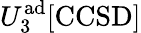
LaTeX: U_{3}^{\mathrm{ad}}[\mathrm{CCSD}]